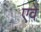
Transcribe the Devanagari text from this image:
एवें